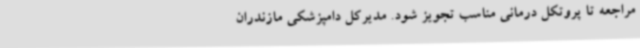
مراجعه تا پروتکل درمانی مناسب تجویز شود. مدیرکل دامپزشکی مازندران